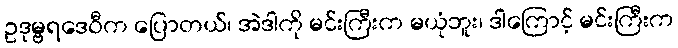
ဥဒုမ္ဗရဒေဝီက ပြောတယ်၊ အဲဒါကို မင်းကြီးက မယုံဘူး၊ ဒါကြောင့် မင်းကြီးက